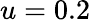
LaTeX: u=0.2